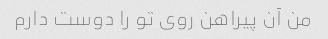
من آن پیراهن روی تو را دوست دارم